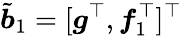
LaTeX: \tilde{\boldsymbol{b}}_{1}=[\boldsymbol{g}^{\top},\boldsymbol{f}_{1}^{\top}]^{\top}